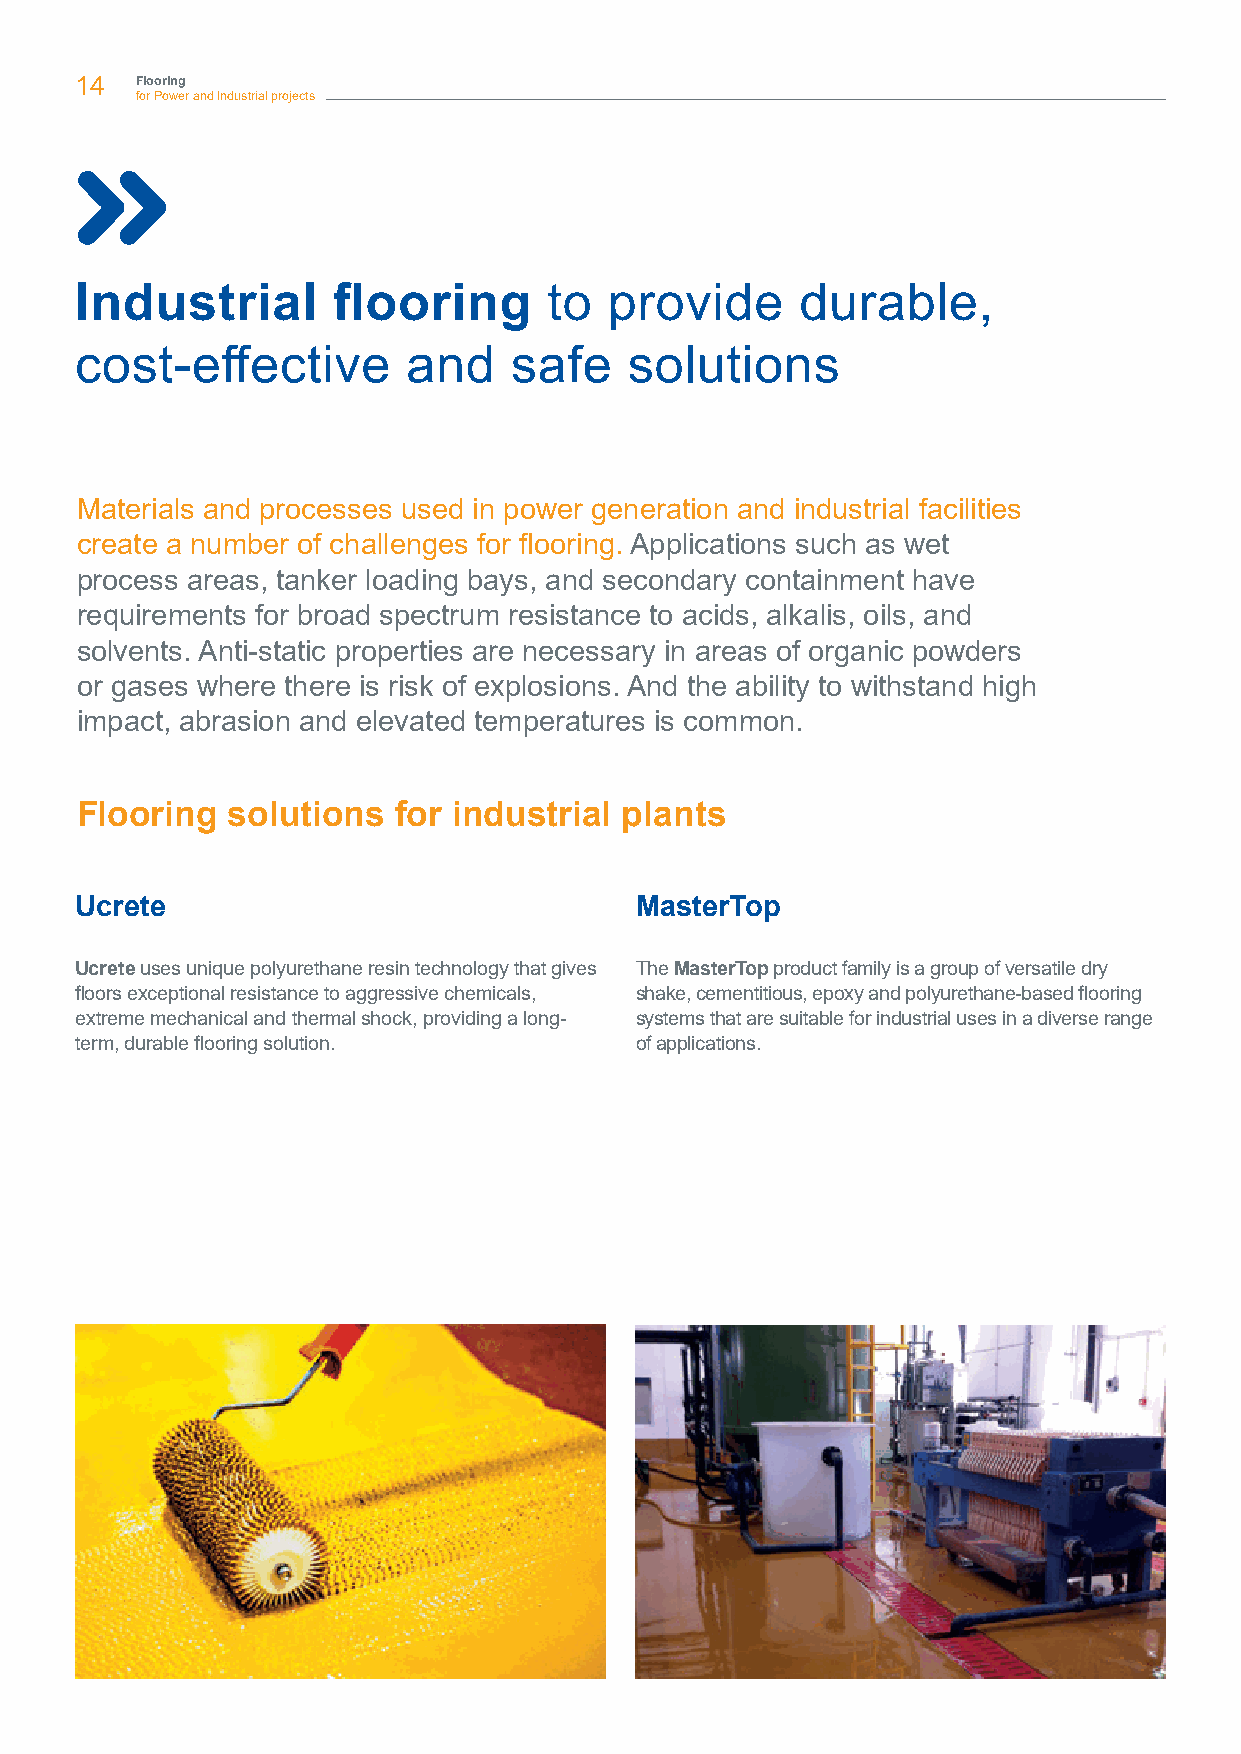
14  Flooring
 for Power and Industrial projects
 Industrial       flooring      to  provide      durable,
 cost-effective        and    safe    solutions
 Materials and processes used in power generation and industrial facilities
 create a number of challenges for flooring. Applications such as wet
 process areas, tanker loading bays, and secondary containment have
 requirements for broad spectrum resistance to acids, alkalis, oils, and
 solvents. Anti-static properties are necessary in areas of organic powders
 or gases where there is risk of explosions. And the ability to withstand high
 impact, abrasion and elevated temperatures is common.
 Flooring  solutions  for industrial plants
 Ucrete                               MasterTop
 Ucrete uses unique polyurethane resin technology that gives The MasterTop product family is a group of versatile dry
 floors exceptional resistance to aggressive chemicals, shake, cementitious, epoxy and polyurethane-based flooring
 extreme mechanical and thermal shock, providing a long- systems that are suitable for industrial uses in a diverse range
 term, durable flooring solution.     of applications.